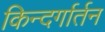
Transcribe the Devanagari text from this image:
किन्दर्गार्तन